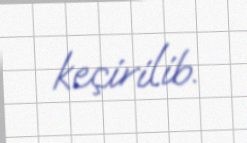
keçirilib.